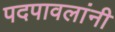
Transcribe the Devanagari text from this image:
पदपावलांनी